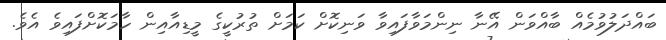
ބައްދަލުވުމެއް ބާއްވަން އޭނާ ނިންމަވާފައިވާ ވަނިކޮށް ކަމަށް ތުރުކީގެ މީޑިއާއިން ހާމަކޮށްފައިވެ އެވެ.